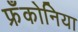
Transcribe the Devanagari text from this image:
फ्रँकोनिया